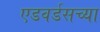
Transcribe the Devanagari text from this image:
एडवर्डसच्या